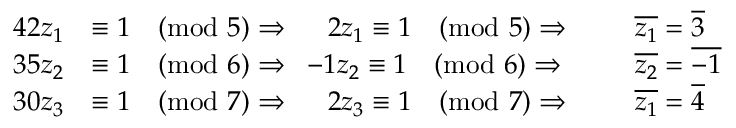
\begin{array} { r l r l } { 4 2 z _ { 1 } } & { \equiv 1 \pmod 5 \Rightarrow \enspace \enspace \; 2 z _ { 1 } \equiv 1 \pmod 5 \Rightarrow \enspace } & & { \overline { { z _ { 1 } } } = \overline { { 3 } } } \\ { 3 5 z _ { 2 } } & { \equiv 1 \pmod 6 \Rightarrow \enspace - 1 z _ { 2 } \equiv 1 \pmod 6 \Rightarrow \enspace } & & { \overline { { z _ { 2 } } } = \overline { { - 1 } } } \\ { 3 0 z _ { 3 } } & { \equiv 1 \pmod 7 \Rightarrow \enspace \enspace \; 2 z _ { 3 } \equiv 1 \pmod 7 \Rightarrow \enspace } & & { \overline { { z _ { 1 } } } = \overline { { 4 } } } \end{array}